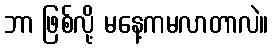
ဘာ ဖြစ်လို့ မနေ့ကမလာတာလဲ။